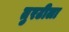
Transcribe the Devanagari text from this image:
तुरटीला